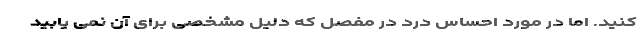
کنید. اما در مورد احساس درد در مفصل که دلیل مشخصی برای آن نمی یابید